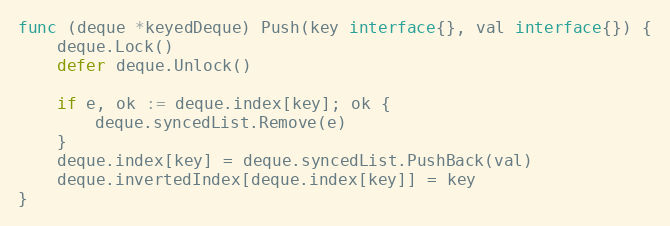
Language: Go
func (deque *keyedDeque) Push(key interface{}, val interface{}) {
	deque.Lock()
	defer deque.Unlock()

	if e, ok := deque.index[key]; ok {
		deque.syncedList.Remove(e)
	}
	deque.index[key] = deque.syncedList.PushBack(val)
	deque.invertedIndex[deque.index[key]] = key
}